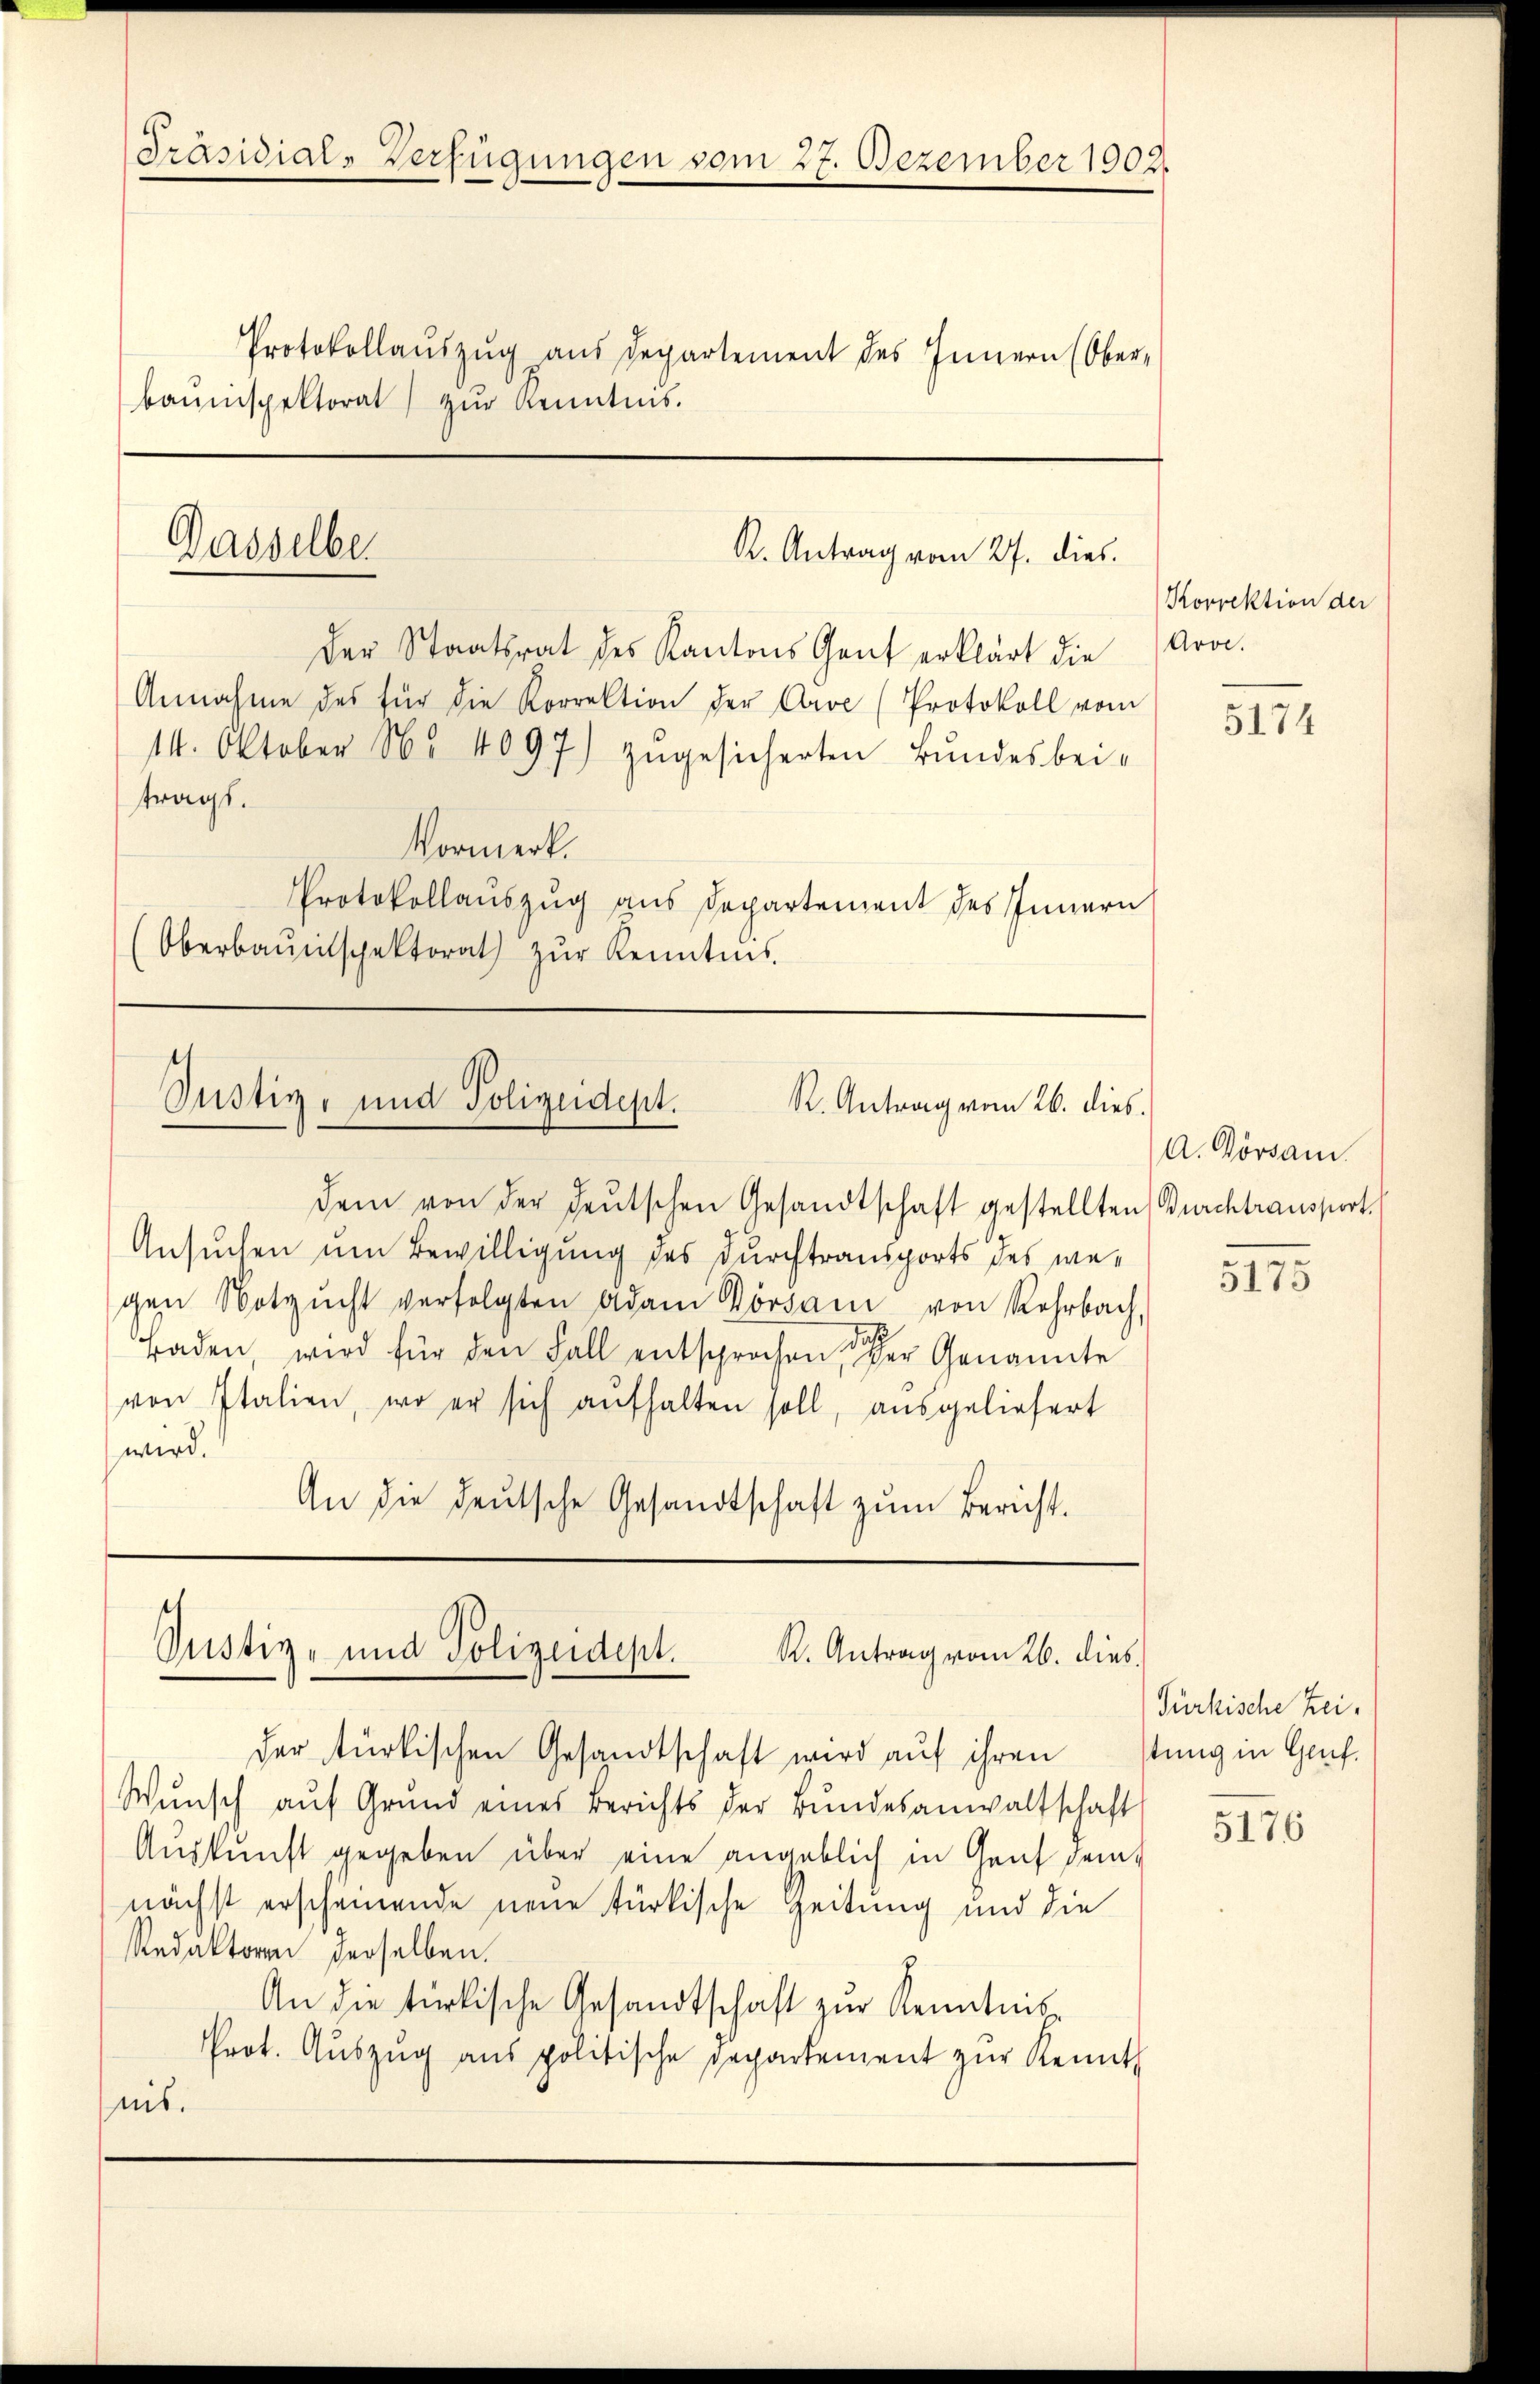
Präsidial-Verfügungen vom 27. Dezember 1902.
Protokollaŭszŭg aŭs departement des Innern (Ober-
bauinspektorat) zŭr Kenntnis.

Dasselber
R. Antrag vom 27. dies

der Staatsrat des Kantons Gant erklärt die (Aroc.
Annahme des für die Korrektion der Arve (Protokoll vom
14. Oktober No 4097) zugesicherten Bundesbeitrags.
Vormerk.
Protokollauszug aus Departement des Innern
(Oberbaŭnspektorat zŭr Kenntnis.

Justiz- und Polizeidept.
R. Antrag vom 26. dies.

dem von der deutschen Gesandtschaft gestellten Burchtransport
Ansuchen um Bewilligung des Durchtransports des wegen Notzŭcht verfolgten Adam Vorsam von Rehrbach,
Faden, wird für den Fall entsprochen der Genannte
von Italien, wo er sich aŭfhalten soll, ausgeliefert
wird.
An die deutsche Gesandtschaft zŭm Bericht.

Justiz- und Polizeidept.
R. Antrag vom 26. dies

der türkischen Gesandtschaft wird auf ihren
Wŭnsch aŭf Grund eines Berichts der Bŭndesanwaltschaft
Auskunft gegeben über eine angeblich in Genf demnächst erscheinende neue türkische Zeitung und die
Redaktoren derselben.
An die türkische Gesandtschaft zur Kenntnis-
Prot. Auszug aus politische Departement zur Kennt
nis.

Korrektion der

5174

A. Vorsam

5175

Pürkische Zeistung in Genf.

5176